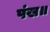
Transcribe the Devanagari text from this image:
पंख॥